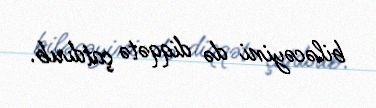
biləcəyini də diqqətə çatdırıb.